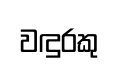
වඳුරකු